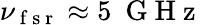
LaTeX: \nu_{\mathrm{~f~s~r~}}\approx 5~\mathrm{~G~H~z~}